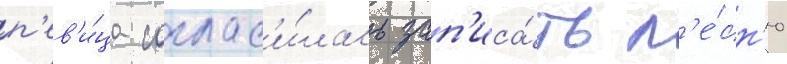
п'ев'и́ца соглас'и́лась зап'иса́ть п'е́сн'ю